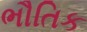
ભૌતિક